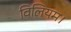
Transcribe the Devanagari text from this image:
विलियम।